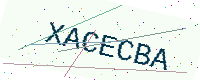
Text: XACECBA